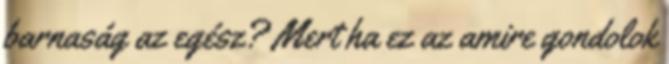
barnaság az egész? Mert ha ez az amire gondolok